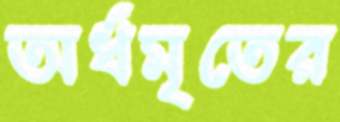
অর্ধমৃতের